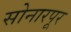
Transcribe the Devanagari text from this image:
सोनारपूर